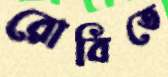
রোবিতে